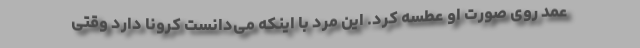
عمد روی صورت او عطسه کرد. این مرد با اینکه می‌دانست کرونا دارد وقتی